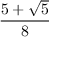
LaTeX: \frac { 5 + { \sqrt { 5 } } } { 8 }